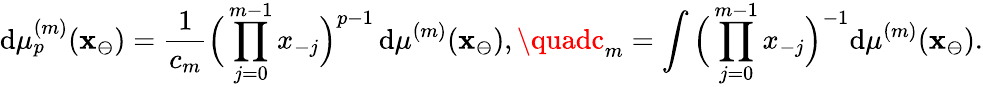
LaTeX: \mathrm{d}\mu_{p}^{(m)}(\mathbf{{x}}_{\ominus})=\frac{{1}}{{c_{m}}}\Big(\prod_{j=0}^{m-1}x_{-j}\Big)^{p-1}\, \mathrm{d}\mu^{(m)}(\mathbf{{x}}_{\ominus}),\quadc_{m}=\int\Big(\prod_{j=0}^{m-1}x_{-j}\Big)^{-1}\mathrm{d}\mu^{(m)}(\mathbf{{x}}_{\ominus}).